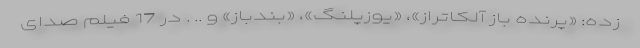
زده: «پرنده باز آلکاتراز»، «یوزپلنگ»، «بندباز» و .. . در 17 فیلم صدای